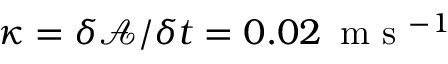
\kappa = \delta \mathbf { \mathcal { A } } / \delta t = 0 . 0 2 \, \mathrm { ~ m ~ s ~ } ^ { - 1 }